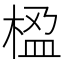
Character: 𬃇